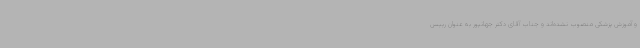
و آموزش پزشکی منصوب نشده‌اند و جناب آقای دکتر جهانپور به عنوان رییس